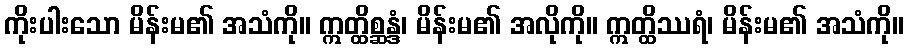
ကိုးပါးသော မိန်းမ၏ အသံကို။ ဣတ္ထိစ္ဆန္ဒံ၊ မိန်းမ၏ အလိုကို။ ဣတ္ထိဿရံ၊ မိန်းမ၏ အသံကို။